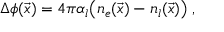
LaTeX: \Delta \phi ( \vec { x } ) = 4 \pi \alpha _ { l } \bigl ( n _ { e } ( \vec { x } ) - n _ { l } ( \vec { x } ) \bigr ) \; ,